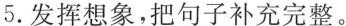
5.发挥想象，把句子补充完整。